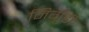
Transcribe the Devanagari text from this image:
निर्गुंडी